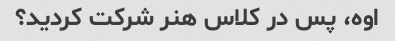
اوه، پس در کلاس هنر شرکت کردید؟